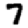
Digit: 7